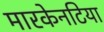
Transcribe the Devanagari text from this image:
मारकेनटिया